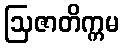
ဩဇာတိက္ကမ